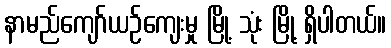
နာမည်ကျော်ယဉ်ကျေးမှု မြို့ သုံး မြို့ ရှိပါတယ်။